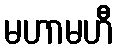
မဟာမဟီ